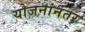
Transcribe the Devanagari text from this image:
योजनांनंतर